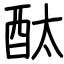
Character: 酞